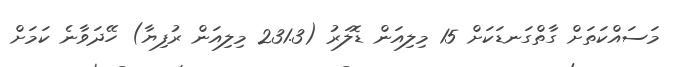
މަސައްކަތަށް ގާތްގަނޑަކަށް 15 މިލިއަން ޑޮލަރު (231.3 މިލިއަން ރުފިޔާ) ހޭދަވާނެ ކަމަށް